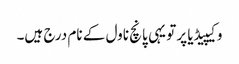
وکیپیڈیا پر تو یہی پانچ ناول کے نام درج ہیں۔